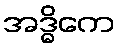
အဒ္ဓိကေ